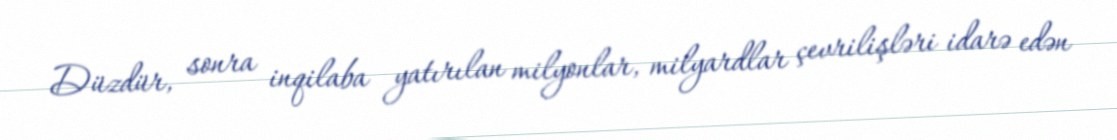
Düzdür, sonra inqilaba yatırılan milyonlar, milyardlar çevrilişləri idarə edən